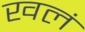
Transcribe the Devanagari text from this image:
खलं